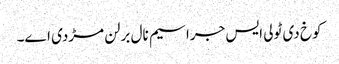
کوخ دی ٹولی ایس جراسیم نال برلن مڑدی اے۔